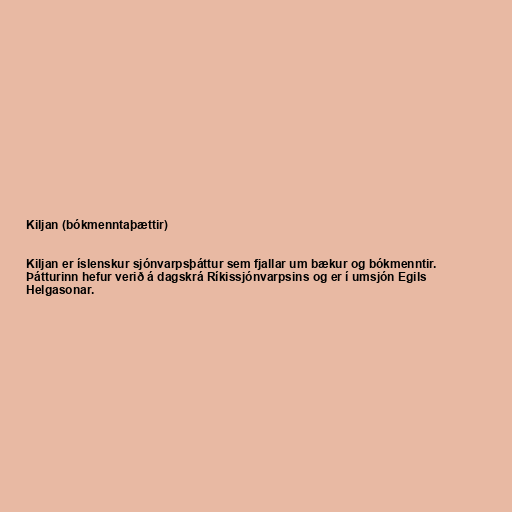
Kiljan (bókmenntaþættir)

Kiljan er íslenskur sjónvarpsþáttur sem fjallar um bækur og bókmenntir.
Þátturinn hefur verið á dagskrá Ríkissjónvarpsins og er í umsjón Egils
Helgasonar.